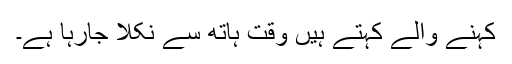
کہنے والے کہتے ہیں وقت ہاتھ سے نکلا جارہا ہے۔